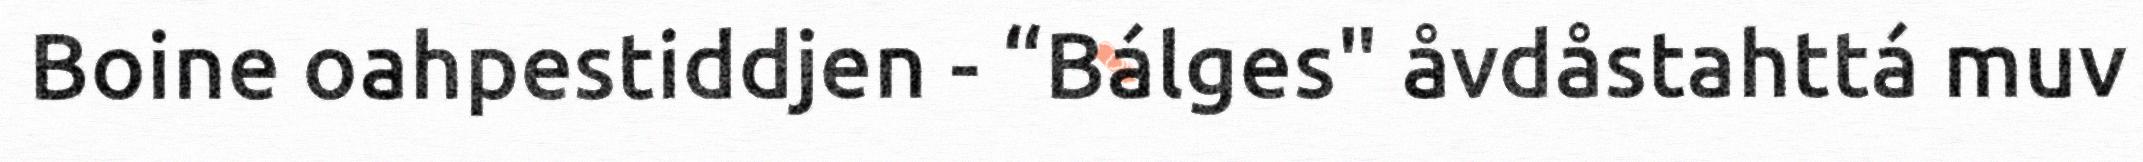
Boine oahpestiddjen - “Bálges" åvdåstahttá muv